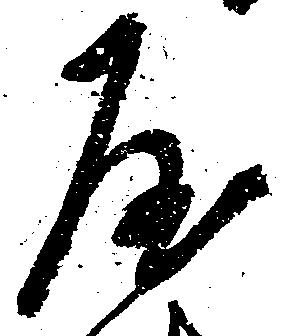
屋